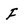
Character: F